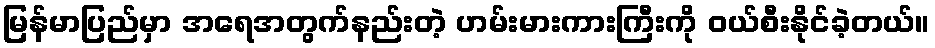
မြန်မာပြည်မှာ အရေအတွက်နည်းတဲ့ ဟမ်းမားကားကြီးကို ဝယ်စီးနိုင်ခဲ့တယ်။